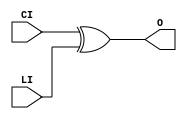
// $Header: /devl/xcs/repo/env/Databases/CAEInterfaces/verunilibs/data/unisims/XORCY.v,v 1.5 2005/03/14 22:32:58 yanx Exp $
///////////////////////////////////////////////////////////////////////////////
// Copyright (c) 1995/2004 Xilinx, Inc.
// All Right Reserved.
///////////////////////////////////////////////////////////////////////////////
//   ____  ____
//  /   /\/   /
// /___/  \  /    Vendor : Xilinx
// \   \   \/     Version : 8.1i (I.13)
//  \   \         Description : Xilinx Functional Simulation Library Component
//  /   /                  XOR for Carry Logic with General Output
// /___/   /\     Filename : XORCY.v
// \   \  /  \    Timestamp : Thu Mar 25 16:43:42 PST 2004
//  \___\/\___\
//
// Revision:
//    03/23/04 - Initial version.
// End Revision

`timescale  100 ps / 10 ps


module XORCY (O, CI, LI);

    output O;

    input  CI, LI;

	xor X1 (O, CI, LI);


endmodule